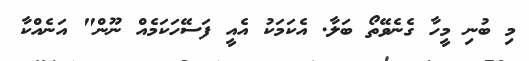
މި ބުނި މީހާ ގެނެވޭތޯ ބަލާ. އެކަމަކު އެއީ ފަސޭހަކަމެއް ނޫން" އަނެއްކާ